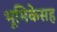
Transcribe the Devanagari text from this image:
भूमिकेसह